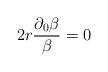
LaTeX: \begin{align*}2r \frac{\partial_0 \beta}{\beta} = 0\end{align*}